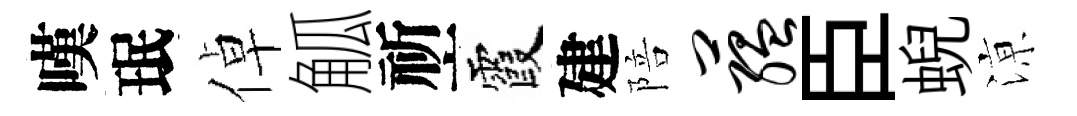
嘆珉倬觚祈霞建陪蕴臣蜺鿌